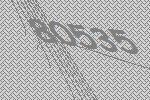
80535